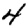
Digit: 4